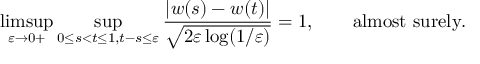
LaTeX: \operatorname* { l i m s u p } _ { \varepsilon \to 0 + } \operatorname* { s u p } _ { 0 \leq s < t \leq 1 , t - s \leq \varepsilon } { \frac { | w ( s ) - w ( t ) | } { \sqrt { 2 \varepsilon \log ( 1 / \varepsilon ) } } } = 1 , \qquad { \mathrm { a l m o s t ~ s u r e l y } } .